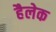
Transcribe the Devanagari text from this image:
हैलेक